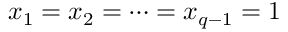
x _ { 1 } = x _ { 2 } = \dots = x _ { q - 1 } = 1